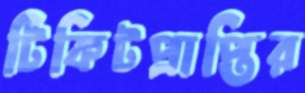
টিকিটপ্রাপ্তির